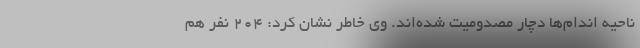
ناحیه اندام‌ها دچار مصدومیت شده‌اند. وی خاطر نشان کرد: 204 نفر هم